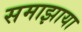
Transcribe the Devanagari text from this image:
समाझाया